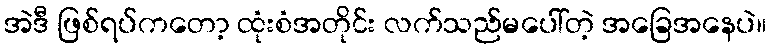
အဲဒီ ဖြစ်ရပ်ကတော့ ထုံးစံအတိုင်း လက်သည်မပေါ်တဲ့ အခြေအနေပဲ။